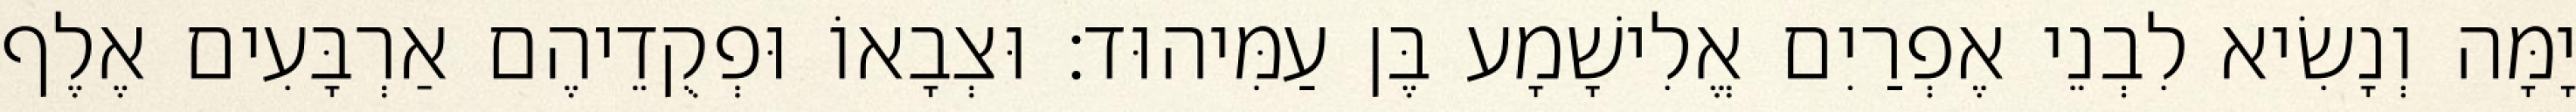
יָמָּה וְנָשִׂיא לִבְנֵי אֶפְרַיִם אֱלִישָׁמָע בֶּן עַמִּיהוּד׃ וּצְבָאוֹ וּפְקֻדֵיהֶם אַרְבָּעִים אֶלֶף